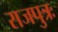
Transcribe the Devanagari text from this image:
राजपुत्रः